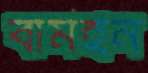
বামইন